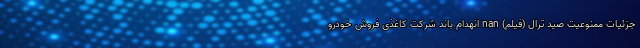
جزئیات ممنوعیت صید ترال (فیلم) nan انهدام باند شرکت کاغذی فروش خودرو